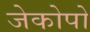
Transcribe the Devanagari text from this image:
जेकोपो